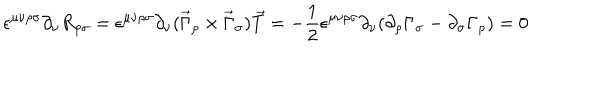
\epsilon ^ { \mu \nu \rho \sigma } \partial _ { \nu } R _ { \rho \sigma } = \epsilon ^ { \mu \nu \rho \sigma } \partial _ { \nu } ( \vec { \Gamma } _ { \rho } \times \vec { \Gamma } _ { \sigma } ) \vec { T } = - \frac { 1 } { 2 } \epsilon ^ { \mu \nu \rho \sigma } \partial _ { \nu } ( \partial _ { \rho } \Gamma _ { \sigma } - \partial _ { \sigma } \Gamma _ { \rho } ) = 0